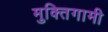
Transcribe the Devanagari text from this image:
मुक्तिगामी